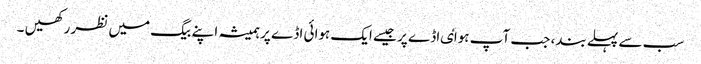
سب سے پہلے بند، جب آپ ہواٸ اڈے پر جیسے ایک ہوائی اڈے پر ہمیشہ اپنے بیگ میں نظر رکھیں ۔